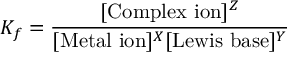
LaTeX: K _ { f } = { \frac { [ { \mathrm { C o m p l e x ~ i o n } } ] ^ { Z } } { [ { \mathrm { M e t a l ~ i o n } } ] ^ { X } [ { \mathrm { L e w i s ~ b a s e } } ] ^ { Y } } }